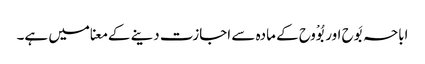
اباحہ بَوح اور بُوْوح کے مادہ سے اجازت دینے کے معنا میں ہے۔